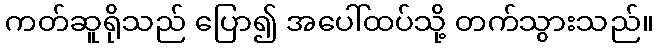
ကတ်ဆူရိုသည် ပြော၍ အပေါ်ထပ်သို့ တက်သွားသည်။